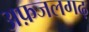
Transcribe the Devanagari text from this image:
अफ़जलगढ़